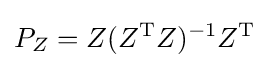
P_{Z}=Z(Z^{\mathrm {T} }Z)^{-1}Z^{\mathrm {T} }